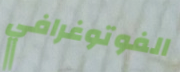
الفوتوغرافي